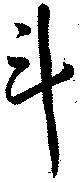
斗